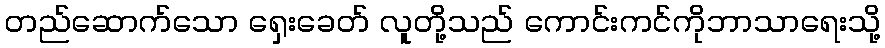
တည်ဆောက်သော ရှေးခေတ် လူတို့သည် ကောင်းကင်ကိုဘာသာရေးသို့